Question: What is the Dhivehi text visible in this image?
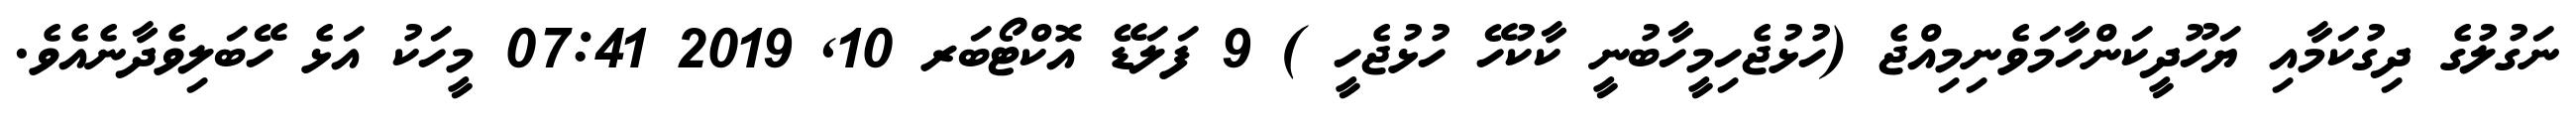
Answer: ނަގުލުގެ ދިގުކަމާއި ޔަހޫދީކަންހާމަވެނިމިއްޖެ (ހުޅުޖެހިމީހާބުނީ ކާކުހޭ ހުޅުޖެހީ ) 9 ފަލަޑޭ އޮކްޓޯބަރ 10, 2019 07:41 މީހަކު އަޅެ ހޭބަލިވެދާނެއެވެ.